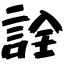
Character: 詮